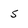
Character: s